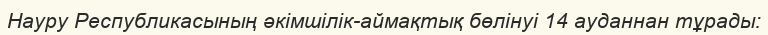
Науру Республикасының әкімшілік-аймақтық бөлінуі 14 ауданнан тұрады: